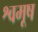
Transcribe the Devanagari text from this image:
श्वमूष